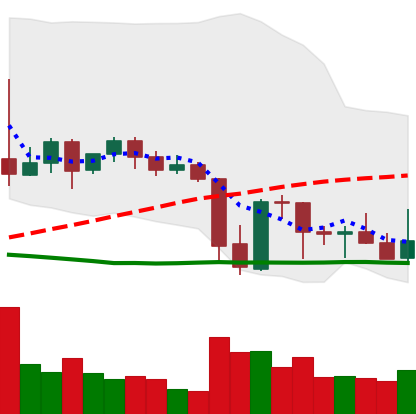
Ticker: XRP-USD
Chart end date: 2021-09-29
Forward return: 12.35%
Label: up_7plus